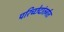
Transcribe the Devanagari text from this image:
परिच्छेदांतर्गत